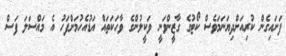
ފަށައިގެން ކުރިއަށްދިޔަނަމަވެސް ކޯޓުގެ ގާޒީންވަނީ ވަކީލުންގެ ވާހަކަތައް އަޑުއެހުމަށްފަހު އެ މައްސަލަ ފަސް